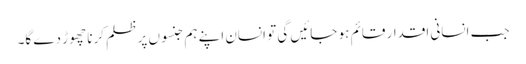
جب انسانی اقدار قائم ہو جائیں گی تو انسان اپنے ہم جنسوں پر ظلم کرنا چھوڑ دے گا۔